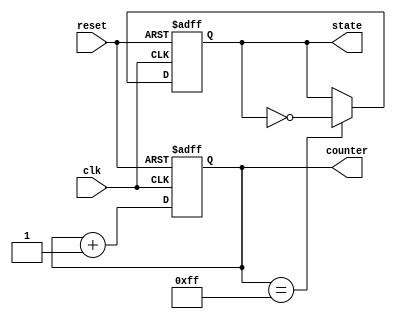
module clock_cycle_initialization (
    input wire clk,        // Clock signal
    input wire reset,      // Reset signal
    output reg [7:0] counter, // Example internal state variable: counter
    output reg state       // Example internal state variable: state
);

// State initialization values
localparam INITIAL_COUNTER_VALUE = 8'b00000000;
localparam INITIAL_STATE_VALUE = 1'b0;

always @(posedge clk or posedge reset) begin
    if (reset) begin
        // Initialization upon reset assertion
        counter <= INITIAL_COUNTER_VALUE;
        state <= INITIAL_STATE_VALUE;
    end else begin
        // Normal operation on clock edge
        counter <= counter + 1; // Increment counter
        // Example state transition logic (can be customized)
        if (counter == 8'b11111111) begin
            state <= ~state; // Toggle state when counter reaches max value
        end
    end
end

endmodule